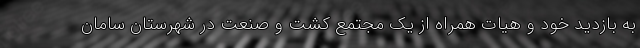
به بازدید خود و هیات همراه از یک مجتمع کشت و صنعت در شهرستان سامان